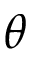
\boldsymbol { \theta }